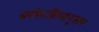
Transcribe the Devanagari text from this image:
धर्मसाहित्यानुसार